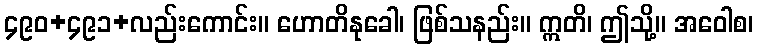
၄၉၀+၄၉၁+လည်းကောင်း။ ဟောတိနုခေါ၊ ဖြစ်သနည်း။ ဣတိ၊ ဤသို့။ အဝေါစ၊